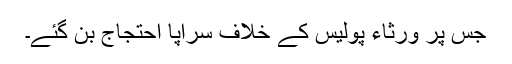
جس پر ورثاء پولیس کے خلاف سراپا احتجاج بن گئے۔